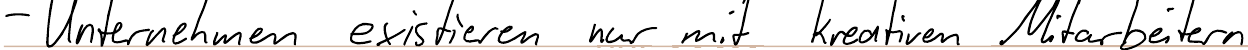
- Unternehmen existieren nur mit kreativen Mitarbeitern